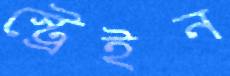
স্ট্রেইন